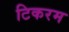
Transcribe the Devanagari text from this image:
टिकरम